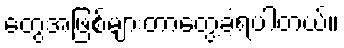
တွေအဖြစ်များတာတွေ့ခဲ့ရပါတယ်။